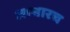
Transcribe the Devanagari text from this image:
आधारच